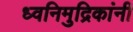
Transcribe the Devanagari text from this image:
ध्वनिमुद्रिकांनी